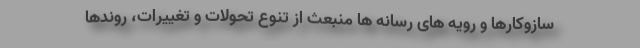
سازوکارها و رویه های رسانه ها منبعث از تنوع تحولات و تغییرات، روندها